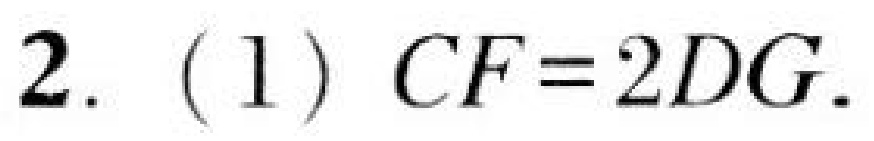
2. (1) \(CF = 2DG\).